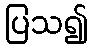
ပြသ၍